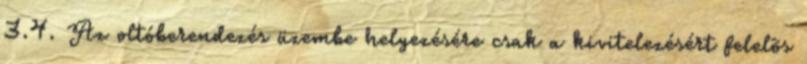
3.4. Az oltóberendezés üzembe helyezésére csak a kivitelezésért felelõs